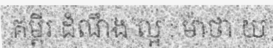
គម្ពីរ ដំណឹង ល្អ : ម៉ាថា យ